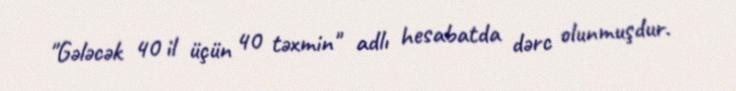
"Gələcək 40 il üçün 40 təxmin" adlı hesabatda dərc olunmuşdur.